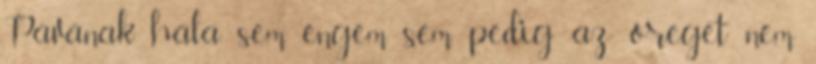
Pávának hála sem engem sem pedig az öreget nem